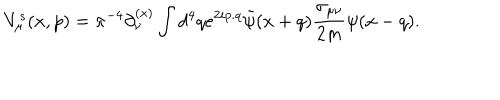
V _ { \mu } ^ { s } ( x , p ) = { \pi } ^ { - 4 } \partial _ { \nu } ^ { ( x ) } \int d ^ { 4 } q e ^ { 2 i p . q } { \bar { \psi } } ( x + q ) { \frac { \sigma _ { \mu \nu } } { 2 m } } \psi ( x - q ) .